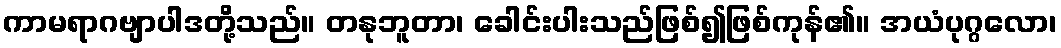
ကာမရာဂဗျာပါဒတို့သည်။ တနုဘူတာ၊ ခေါင်းပါးသည်ဖြစ်၍ဖြစ်ကုန်၏။ အယံပုဂ္ဂလော၊